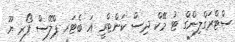
ސްޓްރަގްލިންގް ޓު މޭކް ދިސް ކަންޓްރީ އަ ބެޓަރ ޕްލޭސް ފޯރ ޔޫ